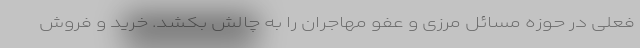
فعلی در حوزه مسائل مرزی و عفو مهاجران را به چالش بکشد. خرید و فروش